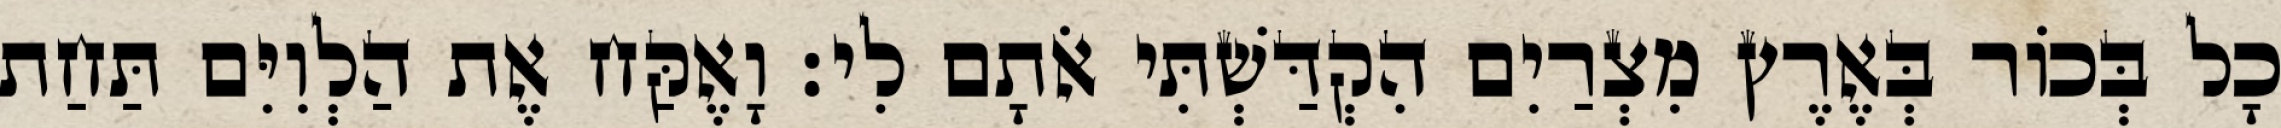
כָל בְּכוֹר בְּאֶרֶץ מִצְרַיִם הִקְדַּשְׁתִּי אֹתָם לִי׃ וָאֶקַּח אֶת הַלְוִיִּם תַּחַת